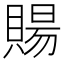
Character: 𧶽